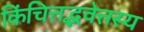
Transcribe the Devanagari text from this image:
किंचित्तद्भवेत्तस्य